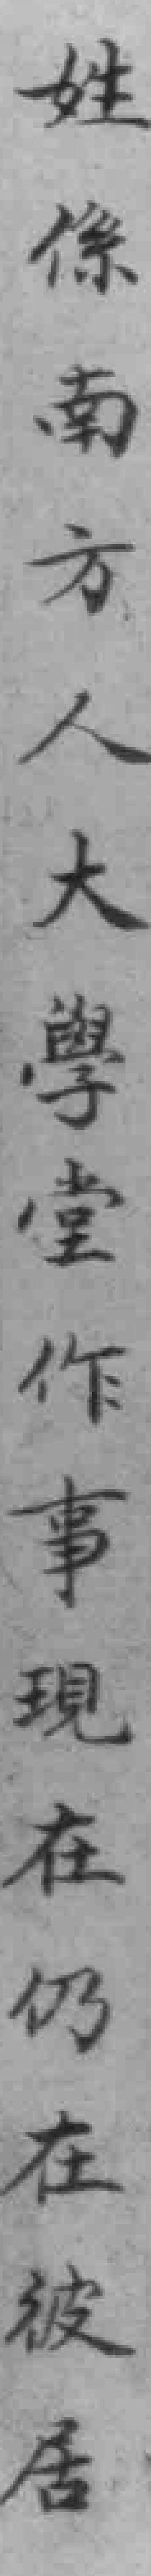
姓係南方人大學堂作事現在仍在彼居